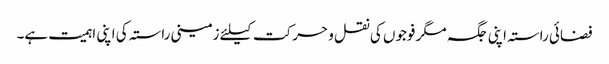
فضائی راستہ اپنی جگہ مگر فوجوں کی نقل و حرکت کیلئے زمینی راستہ کی اپنی اہمیت ہے۔